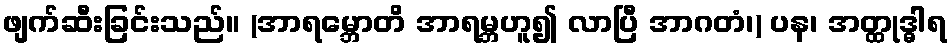
ဖျက်ဆီးခြင်းသည်။ (အာရမ္ဘောတိ အာရမ္ဘဟူ၍ လာပြီ အာဂတံ၊) ပန၊ အတ္ထုဒ္ဓါရ